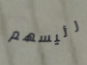
رئيسهم